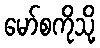
မော်စကိုသို့